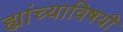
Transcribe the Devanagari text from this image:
ह्यांच्याविषयी